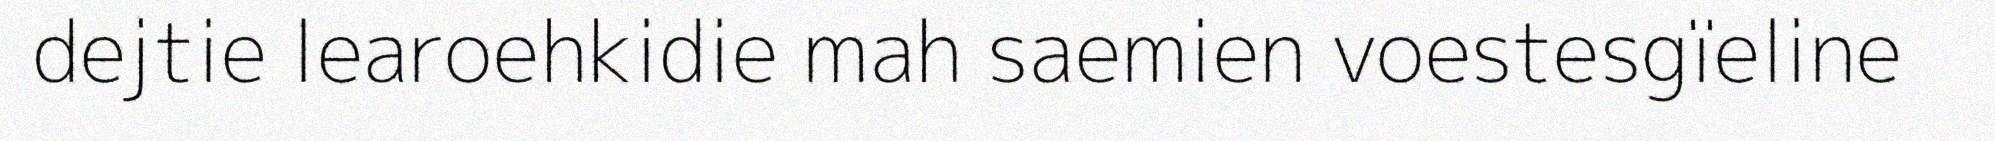
dejtie learoehkidie mah saemien voestesgïeline